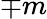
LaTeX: \mp m